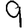
Digit: 9